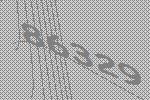
86329